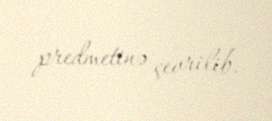
predmetinə çevrilib.